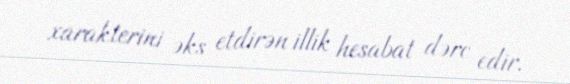
xarakterini əks etdirən illik hesabat dərc edir.